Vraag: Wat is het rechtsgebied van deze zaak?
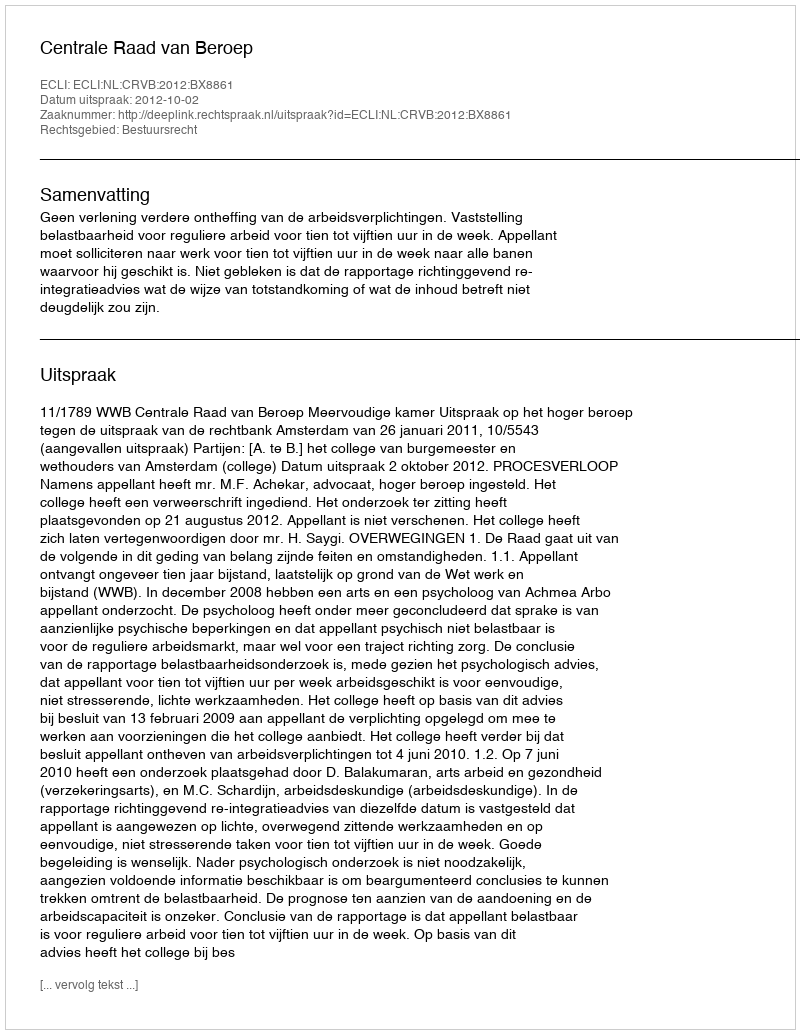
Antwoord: Bestuursrecht